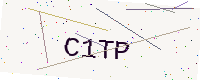
Text: C1TP